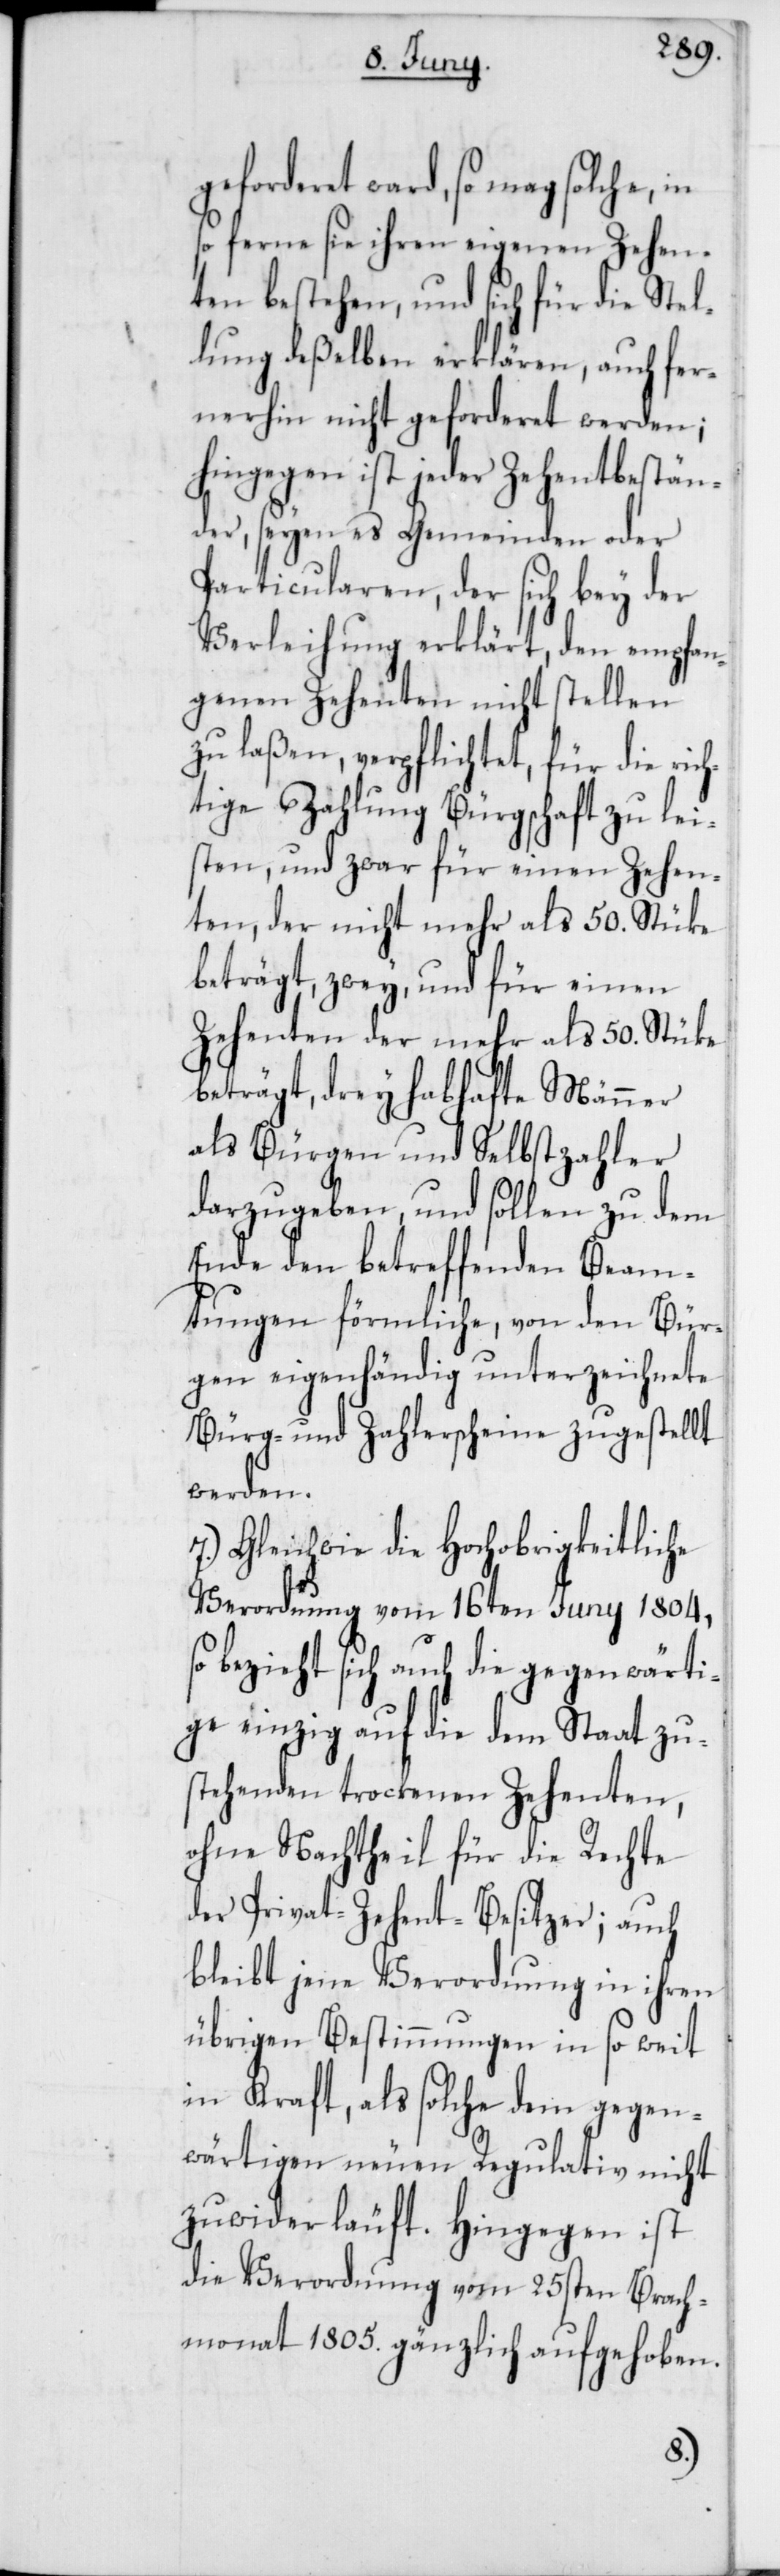
geforderet ward, so mag solche, in
so ferne sie ihren eigenen Zehen¬
ten bestehen, und sich für die Stel¬
lung deßelben erklären, auch fer¬
nerhin nicht geforderet werden;
hingegen ist jeder Zehentbestän¬
der, seyen es Gemeinden oder
Particularen, der sich bey der
Verleihung erklärt, den empfan¬
genen Zehenten nicht stellen
zu laßen, verpflichtet, für die ric¬
htige Zahlung Bürgschaft zu lei¬
sten, und zwar für einen Zehen¬
ten, der nicht mehr als 50. Stücke
beträgt, zwey, und für einen
Zehenten der mehr als 50. Stücke
beträgt, drey habhafte Männer
als Bürgen und Selbstzahler
darzugeben, und sollen zu dem
Ende den betreffenden Beam¬
tungen förmliche, von den Bür¬
gen eigenhändig unterzeichnete
Bürg- und Zahlerscheine zugestellt
werden.
7.) Gleichwie die Hochobrigkeitliche
Verordnung vom 16ten Juny 1804,
so bezieht sich auch die gegenwärti¬
ge einzig auf die dem Staat zu¬
stehenden trockenen Zehenten,
ohne Nachtheil für die Rechte
der Privat-Zehent-Besitzer; auch
bleibt jene Verordnung in ihren
übrigen Bestimmungen in so weit
in Kraft, als solche dem gegen¬
wärtigen neuen Regulativ nicht
zuwiderläuft. Hingegen ist
die Verordnung vom 25sten Brach¬
monat 1805. gänzlich aufgehoben.